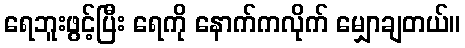
ရေဘူးဖွင့်ပြီး ရေကို နောက်ကလိုက် မျှောချတယ်။